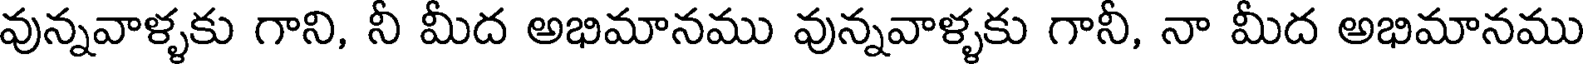
వున్నవాళ్ళకు గాని, నీ మీద అభిమానము వున్నవాళ్ళకు గానీ, నా మీద అభిమానము